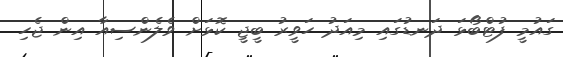
ގައުމީ ފުޓްބޯޅަ ދަނޑުގައި މިއަދު ހަވީރު ބީޖީ ކޮޅަށް ވެލެންސިއާ އިން ޖެހި